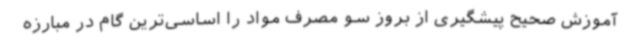
آموزش صحیح پیشگیری از بروز سو مصرف مواد را اساسی‌ترین گام در مبارزه